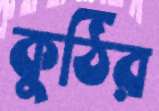
কুঠির